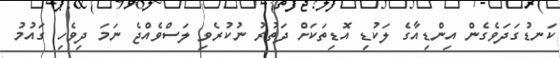
ކަނޑުގަދަވެގެން އިންޑިއާގެ ލަކުޑި އޮޑިތަކަށް ދަތުރު ނުކުރެވި ލަސްވެއްޖެ ނަމަ ދިވެހި ގައުމު